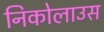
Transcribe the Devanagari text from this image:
निकोलाउस